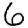
Digit: 6